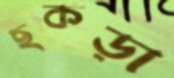
ছকড়া